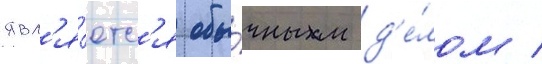
явл'я́етс'я обы́чным д'е́лом /